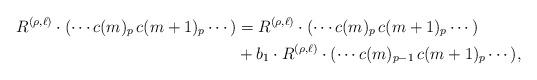
LaTeX: \begin{align*} R^{(\rho,\ell)} \cdot (\cdots c(m)_{p}\, c(m+1)_{p} \cdots ) &= R^{(\rho,\ell)} \cdot (\cdots c(m)_{p}\, c(m+1)_{p} \cdots ) \\ & + b_1 \cdot R^{(\rho,\ell)} \cdot (\cdots c(m)_{p-1} \,c(m+1)_{p} \cdots ),\end{align*}